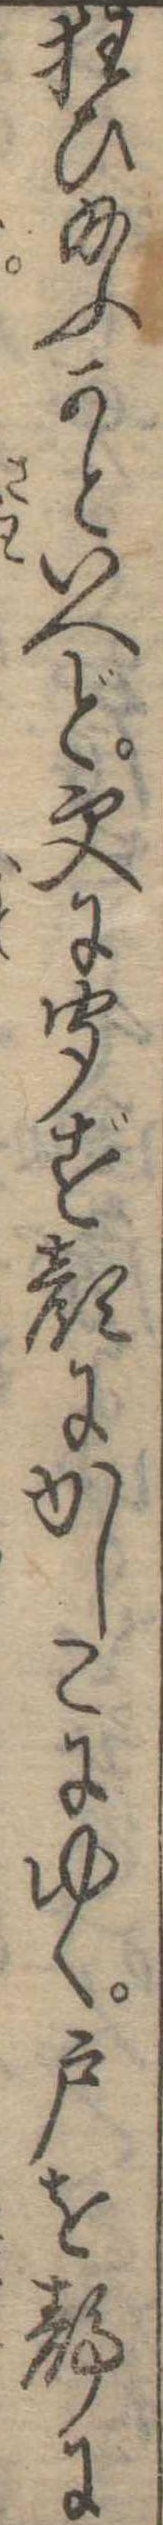
狂ひ給ふかといへど更に聞ず顔にかしこにゆく戸を静に